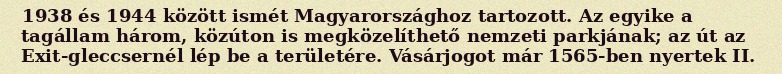
1938 és 1944 között ismét Magyarországhoz tartozott. Az egyike a tagállam három, közúton is megközelíthető nemzeti parkjának; az út az Exit-gleccsernél lép be a területére. Vásárjogot már 1565-ben nyertek II.